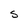
Character: S